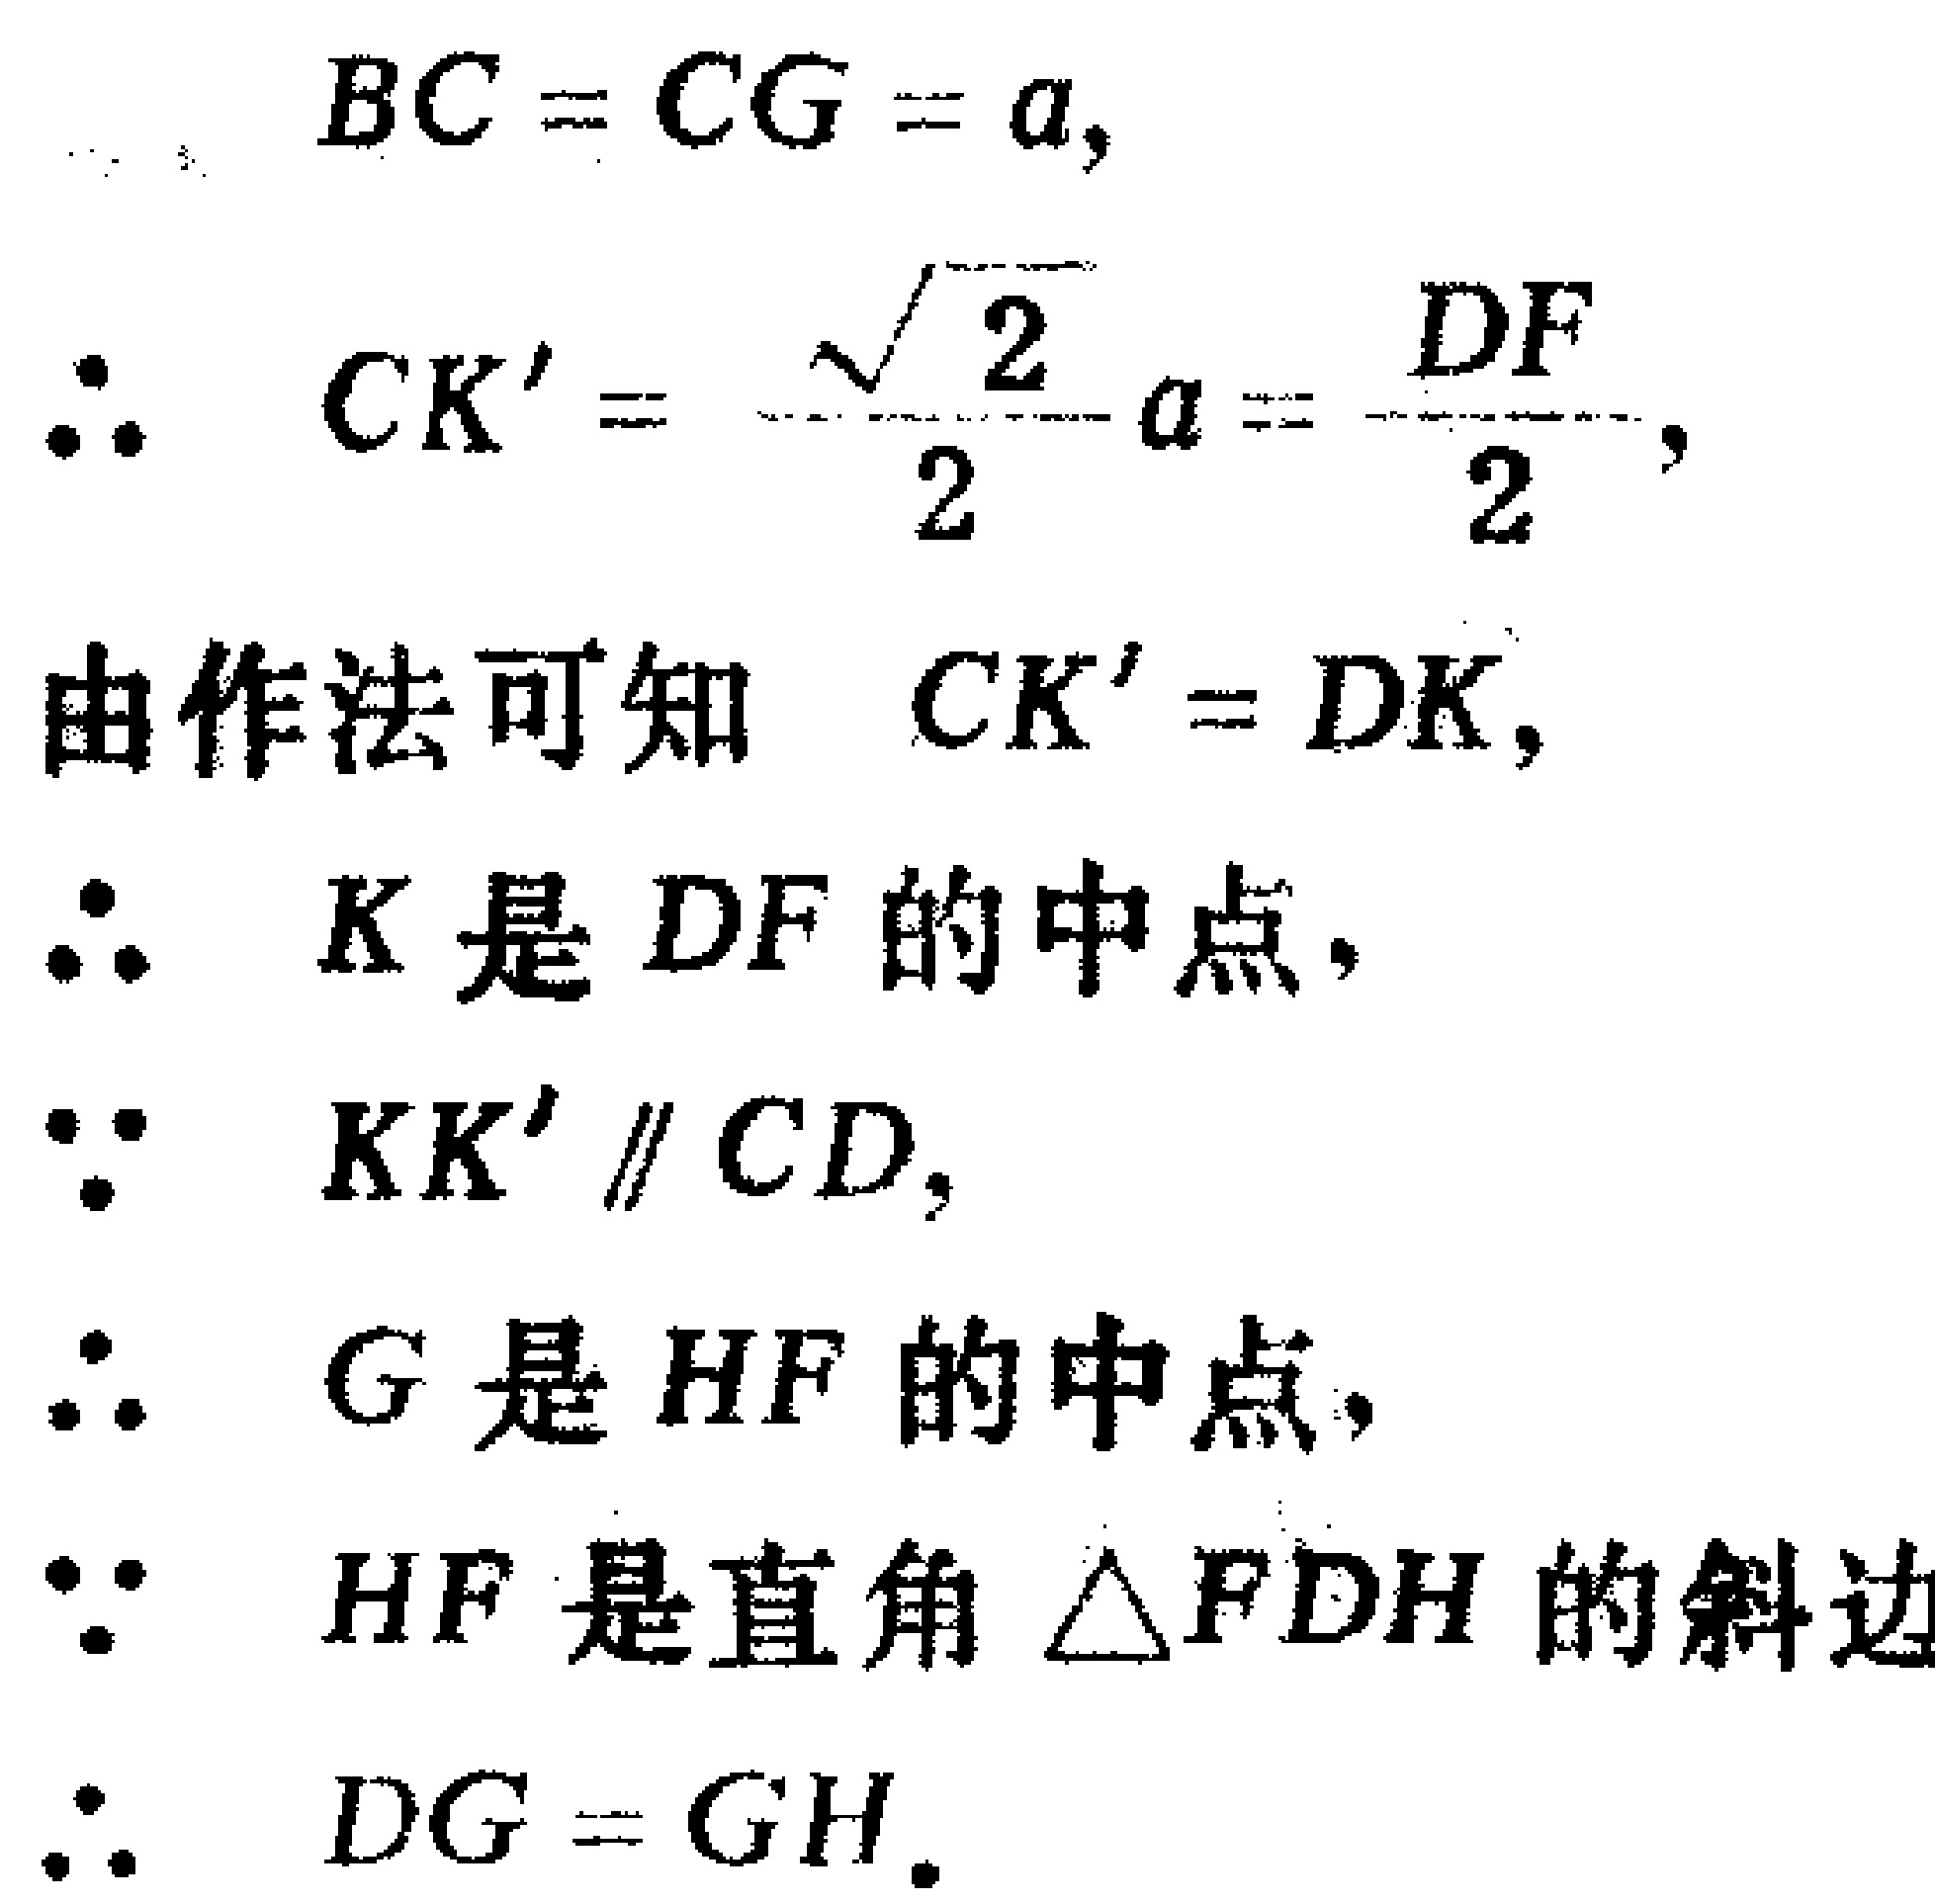
\[

\begin{align*}

BC = CG = a,\\

\therefore CK'=\frac{\sqrt{2}}{2}a=\frac{DF}{2},\\

\text{由作法可知 }CK' = DK,\\

\therefore K\text{ 是 }DF\text{ 的中点},\\

\because KK'\parallel CD,\\

\therefore G\text{ 是 }HF\text{ 的中点},\\

\because HF\text{ 是直角 }\triangle FDH\text{ 的斜边}\\

\therefore DG = GH.

\end{align*}

\]